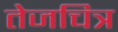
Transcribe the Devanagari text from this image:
तेजचित्र